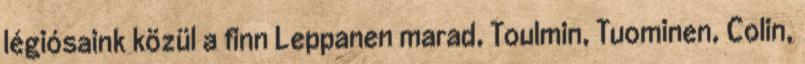
légiósaink közül a finn Leppanen marad, Toulmin, Tuominen, Colin,